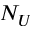
N _ { U }